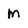
Character: m